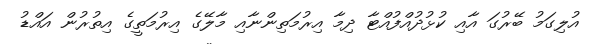
އުލިގަމު ބޭރުގަ އާއި ކުޅުދުއްފުއްޓާ ދިމާ އިރުމަތިންނާއި މާލޭގެ އިރުމަތީގެ އިތުރުން އައްޑު